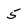
Character: 5